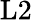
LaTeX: \mathrm{L2}